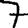
Digit: 7